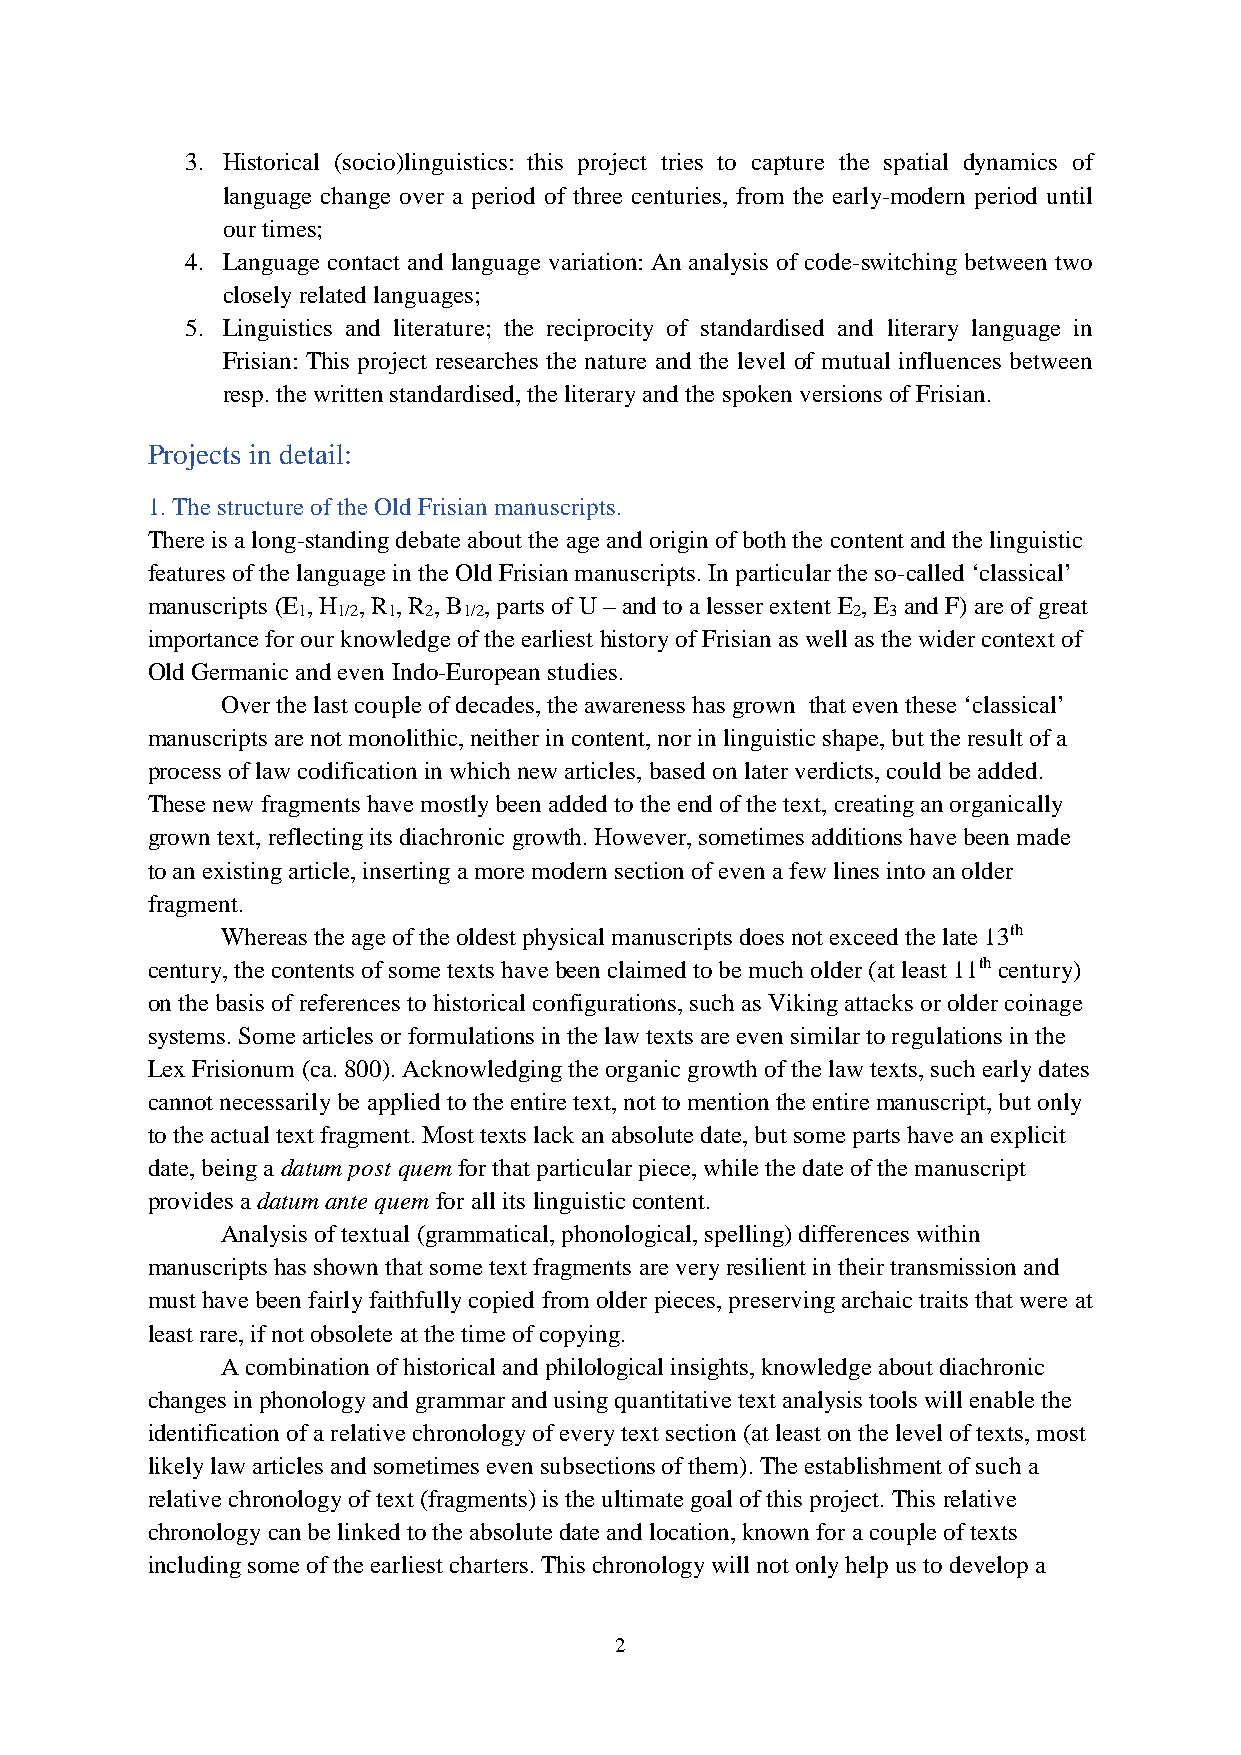
3. Historical (socio)linguistics: this project tries to capture the spatial dynamics of
 language change over a period of three centuries, from the early-modern period until
 our times;
 4. Language contact and language variation: An analysis of code-switching between two
 closely related languages;
 5. Linguistics and literature; the reciprocity of standardised and literary language in
 Frisian: This project researches the nature and the level of mutual influences between
 resp. the written standardised, the literary and the spoken versions of Frisian.
 Projects in detail:
 1. The structure of the Old Frisian manuscripts.
 There is a long-standing debate about the age and origin of both the content and the linguistic
 features of the language in the Old Frisian manuscripts. In particular the so-called ‘classical’
 manuscripts (E , H , R , R , B , parts of U – and to a lesser extent E , E and F) are of great
 1 1/2 1 2  1/2                      2  3
 importance for our knowledge of the earliest history of Frisian as well as the wider context of
 Old Germanic and even Indo-European studies.
 Over the last couple of decades, the awareness has grown that even these ‘classical’
 manuscripts are not monolithic, neither in content, nor in linguistic shape, but the result of a
 process of law codification in which new articles, based on later verdicts, could be added.
 These new fragments have mostly been added to the end of the text, creating an organically
 grown text, reflecting its diachronic growth. However, sometimes additions have been made
 to an existing article, inserting a more modern section of even a few lines into an older
 fragment.
 Whereas the age of the oldest physical manuscripts does not exceed the late 13th
 century, the contents of some texts have been claimed to be much older (at least 11th century)
 on the basis of references to historical configurations, such as Viking attacks or older coinage
 systems. Some articles or formulations in the law texts are even similar to regulations in the
 Lex Frisionum (ca. 800). Acknowledging the organic growth of the law texts, such early dates
 cannot necessarily be applied to the entire text, not to mention the entire manuscript, but only
 to the actual text fragment. Most texts lack an absolute date, but some parts have an explicit
 date, being a datum post quem for that particular piece, while the date of the manuscript
 provides a datum ante quem for all its linguistic content.
 Analysis of textual (grammatical, phonological, spelling) differences within
 manuscripts has shown that some text fragments are very resilient in their transmission and
 must have been fairly faithfully copied from older pieces, preserving archaic traits that were at
 least rare, if not obsolete at the time of copying.
 A combination of historical and philological insights, knowledge about diachronic
 changes in phonology and grammar and using quantitative text analysis tools will enable the
 identification of a relative chronology of every text section (at least on the level of texts, most
 likely law articles and sometimes even subsections of them). The establishment of such a
 relative chronology of text (fragments) is the ultimate goal of this project. This relative
 chronology can be linked to the absolute date and location, known for a couple of texts
 including some of the earliest charters. This chronology will not only help us to develop a
 2